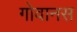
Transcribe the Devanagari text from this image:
गोवानस